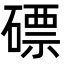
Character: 磦